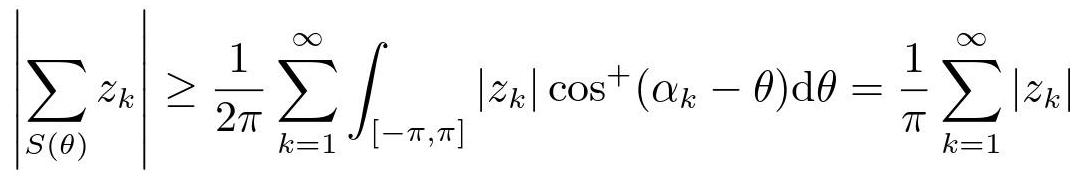
$\left|\sum_{S(\theta)} z_{k}\right| \geq \frac{1}{2 \pi} \sum_{k=1}^{\infty} \int_{[-\pi, \pi]}\left|z_{k}\right| \cos ^{+}\left(\alpha_{k}-\theta\right) \mathrm{d} \theta=\frac{1}{\pi} \sum_{k=1}^{\infty}\left|z_{k}\right|$